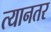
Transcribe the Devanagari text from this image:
त्यानतर